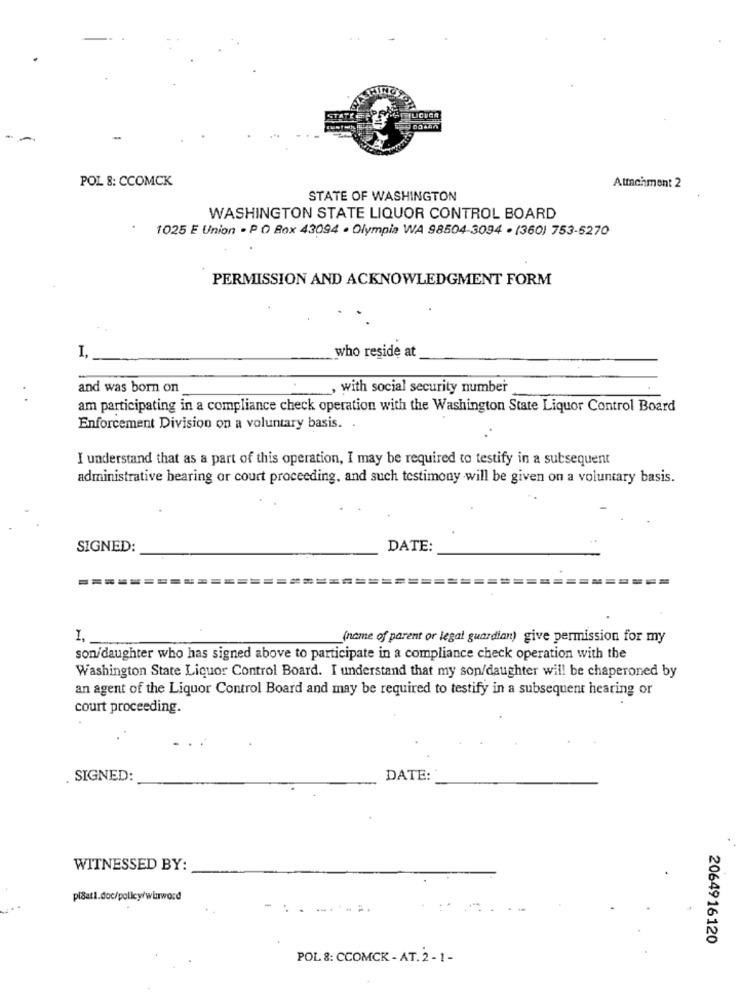
Quever
POL 8: CCOMCK
Attachment 2
STATE OF WASHINGTON
WASHINGTON STATE LIQUOR CONTROL BOARD
· 1025 E Union . P O Box 43094 . Olympia WA 98504-3094 . (360) 753-5270
PERMISSION AND ACKNOWLEDGMENT FORM
I
who reside at
and was born on
, with social security number
am participating in a compliance check operation with the Washington State Liquor Control Board
Enforcement Division on a voluntary basis. .
I understand that as a part of this operation, I may be required to testify in a subsequent
administrative bearing or court proceeding, and such testimony will be given on a voluntary basis.
SIGNED:
DATE:
1, _
(name of parent or legal guardian) give permission for my
son/daughter who has signed above to participate in a compliance check operation with the
Washington State Liquor Control Board. I understand that my son/daughter will be chaperoned by
an agent of the Liquor Control Board and may be required to testify in a subsequent hearing or
court proceeding.
SIGNED:
DATE:
WITNESSED BY:
pisati.doc/policy/winword
.. ......
2064916120
POL 8: CCOMCK - AT. 2 - 1 -